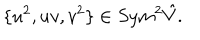
\{ u ^ { 2 } , u v , v ^ { 2 } \} \in S y m ^ { 2 } \hat { V } .